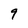
Character: 9